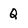
Character: Q